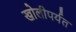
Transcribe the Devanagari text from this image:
खोलीपर्यत